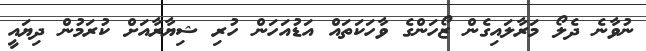
ނުވާނެ ދެލޯ މަރާލައިގެން ޒޯހަންގެ ވާހަކަތައް އަޑުއަހަން ހުރި ޝިޔާރާއަށް ކުރަމުން ދިޔައީ